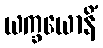
ယက္ခယောနိံ